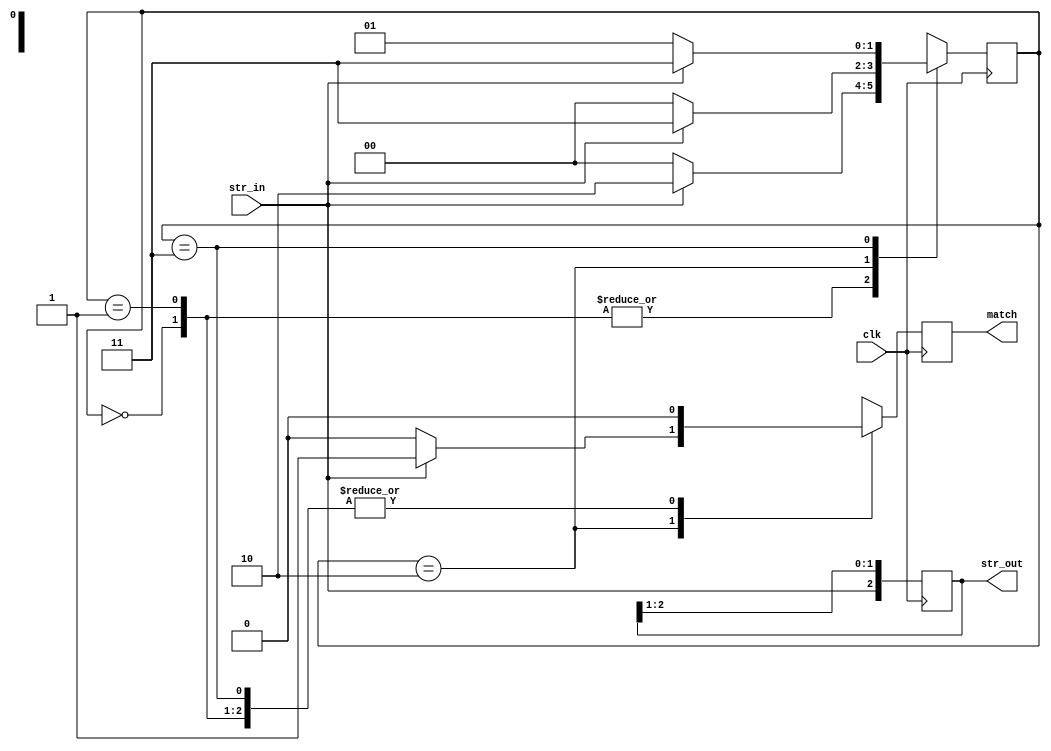
module lab4(str_out, match, str_in, clk);
    input str_in, clk;
    output [2:0]str_out;
    output match;
	reg out,match=0;
	reg [2:0]str_out;
	reg [1:0]current_state;
	parameter state0=2'b00,state1=2'b01,state2=2'b10,state3=2'b11;
	
	always@(posedge clk)
	begin
	match = 0;
		case(current_state)
			state0:current_state=(str_in==1)?state2:state0;
			state1:current_state=(str_in==1)?state2:state0;
			state2:
				if(str_in==1)
					begin
					current_state=state3;
					match=1;
					end
				else
					begin
						current_state=state0;
						match=0;
					end 
			state3:
				if(str_in==1)
					begin
						current_state=state3;
						match=0;
					end
				else
					begin
						current_state=state1;
						match=0;
					end
		endcase
		
	str_out[0]<=str_out[1];
	str_out[1]<=str_out[2];
	str_out[2]<=str_in;
	end
endmodule